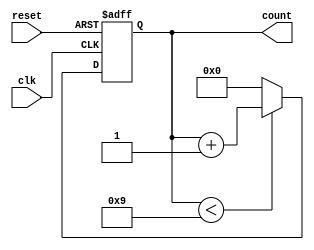
module bcd_counter (
    input wire clk,        // Clock signal
    input wire reset,      // Asynchronous reset signal
    output reg [3:0] count // 4-bit output for BCD count
);

// Always block triggered on the rising edge of the clock
always @(posedge clk or posedge reset) begin
    if (reset) begin
        count <= 4'b0000; // Reset the counter to 0
    end else begin
        if (count < 4'b1001) begin
            count <= count + 1; // Increment the counter if less than 9
        end else begin
            count <= 4'b0000; // Reset the counter to 0 if it reaches 10
        end
    end
end

endmodule